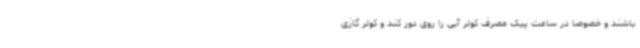
باشند و خصوصا در ساعت پیک مصرف کولر آبی را روی دور کند و کولر گازی